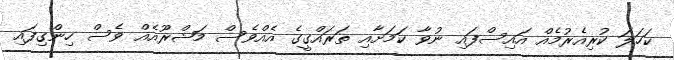
ކަހަލަ ކުރިއެރުމެއް އަައިސްފައި ނުވާ ކަމަށާއި ތަރައްގީގެ އެއްވެސް މަޝްރޫއެއް ވެސް ހިންގިފައި